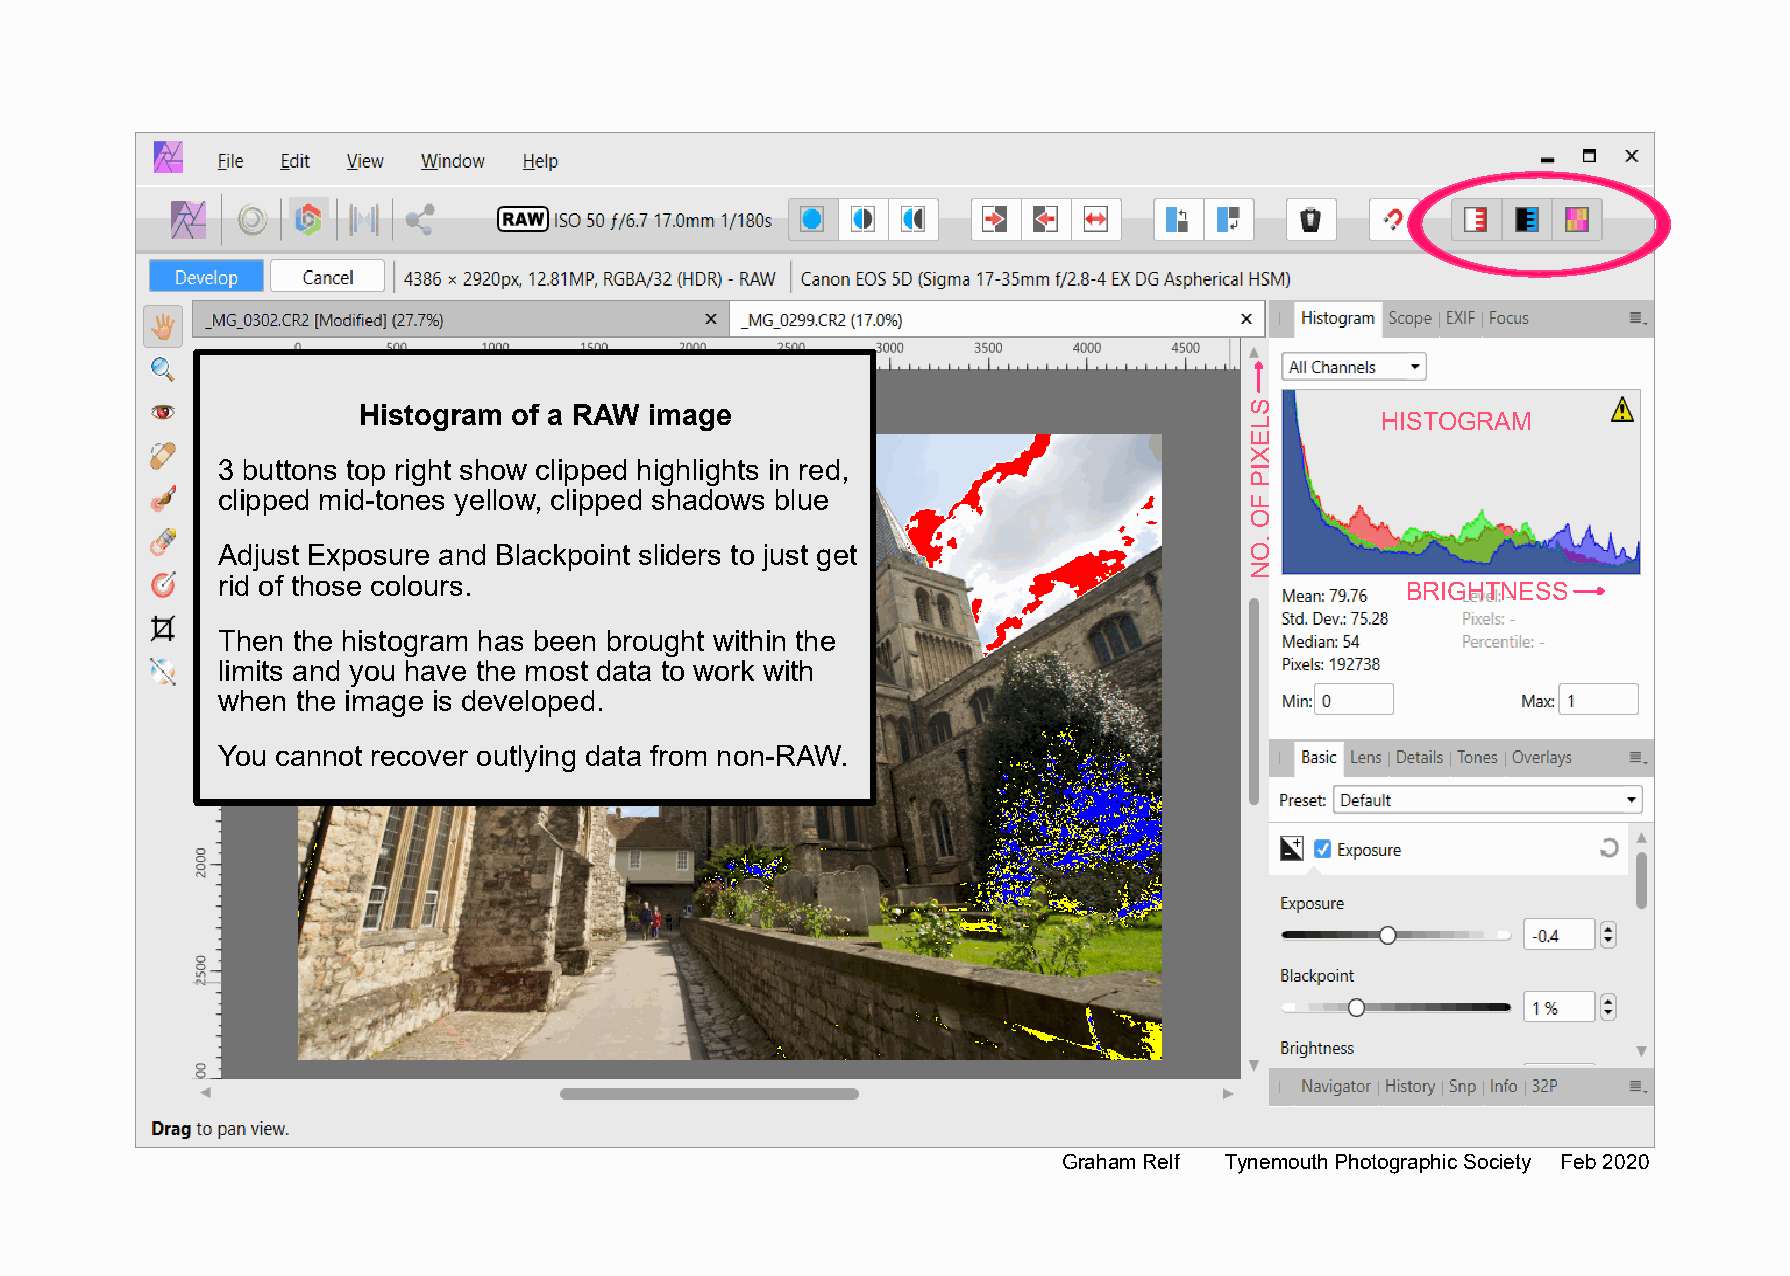
Histogram of a RAW image
 HISTOGRAM
 3 buttons top right show clipped highlights in red,
 clipped mid-tones yellow, clipped shadows blue
 Adjust Exposure and Blackpoint sliders to just get
 rid of those colours.
 BRIGHTNESS
 Then the histogram has been brought within the
 limits and you have the most data to work with
 when  the image is developed.
 You cannot recover outlying data from non-RAW.
 GrahamRelf TynemouthPhotographicSociety Feb2020
 SLEXIP
 FO
 .ON